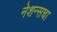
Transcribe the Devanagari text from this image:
नेशन्सचा